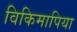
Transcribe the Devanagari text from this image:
विकिमापिया